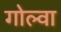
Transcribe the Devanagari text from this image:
गोल्वा